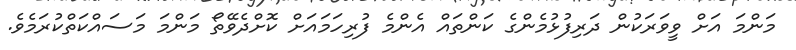
މަންމަ އަށް ވީވަރަކުން ދަރިފުޅުމެންގެ ކަންތައް އެންމެ ފުރިހަމައަށް ކޮށްދެވޭތޯ މަންމަ މަސައްކަތްކުރަމެވެ.